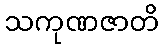
သကုဏဇာတိ